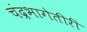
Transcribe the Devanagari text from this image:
चंद्रभागेतीरीं